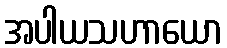
အပါယသဟာယော